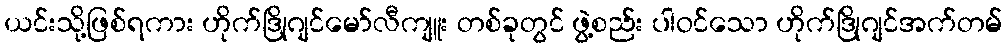
ယင်းသို့ဖြစ်ရကား ဟိုက်ဒြိုဂျင်မော်လီကျူး တစ်ခုတွင် ဖွဲ့စည်း ပါဝင်သော ဟိုက်ဒြိုဂျင်အက်တမ်